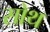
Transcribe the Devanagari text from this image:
सोथ